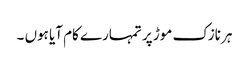
ہر نازک موڑ پر تمہارے کام آیا ہوں ۔